Plague in India, 1896, 1897 - Volume 3
Year: 1896
Disease focus: Plague
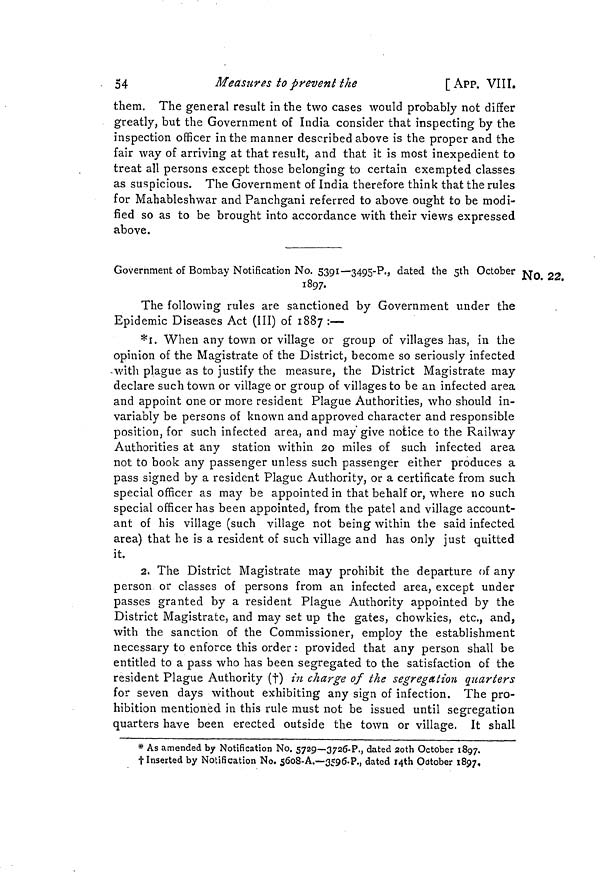
54
Measures to prevent the
[ APP. VIII.
them. The general result in the two cases would probably not differ
greatly, but the Government of India consider that inspecting by the
inspection officer in the manner described above is the proper and the
fair way of arriving at that result, and that it is most inexpedient to
treat all persons except those belonging to certain exempted classes
as suspicious. The Government of India therefore think that the rules
for Mahableshwar and Panchgani referred to above ought to be modi-
fied so as to be brought into accordance with their views expressed
above.
NO. 22.
Government of Bombay Notification No. 5391—349-P., dated the 5th October
1897.
The following rules are sanctioned by Government under the
Epidemic Diseases Act (III) of 1887 :—
*1. When any town or village or group of villages has, in the
opinion of the Magistrate of the District, become so seriously infected
-with plague as to justify the measure, the District Magistrate may
declare such town or village or group of villages to be an infected area
and appoint one or more resident Plague Authorities, who should in-
variably be persons of known and approved character and responsible
position, for such infected area, and may give notice to the Railway
Authorities at any station within 20 miles of such infected area
not to book any passenger unless such passenger either produces a
pass signed by a resident Plague Authority, or a certificate from such
special officer as may be appointed in that behalf or, where no such
special officer has been appointed, from the patel and village account-
ant of his village (such village not being within the said infected
area) that he is a resident of such village and has only just quitted
it.
2. The District Magistrate may prohibit the departure of any
person or classes of persons from an infected area, except under
passes granted by a resident Plague Authority appointed by the
District Magistrate, and may set up the gates, chowkies, etc., and,
with the sanction of the Commissioner, employ the establishment
necessary to enforce this order : provided that any person shall be
entitled to a pass who has been segregated to the satisfaction of the
resident Plague Authority (t) in charge of the segregation quarters
for seven days without exhibiting any sign of infection. The pro-
hibition mentioned in this rule must not be issued until segregation
quarters have been erected outside the town or village. It shall
* As amended by Notification No. 5729—3726-P., dated 2oth October 1897.
t Inserted by Notification No. 5608-A.—3596.P., dated 14th Oötober 1897,